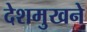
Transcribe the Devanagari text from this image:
देशमुखने